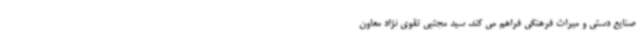
صنایع دستی و میراث فرهنگی فراهم می کند. سید مجتبی تقوی نژاد معاون